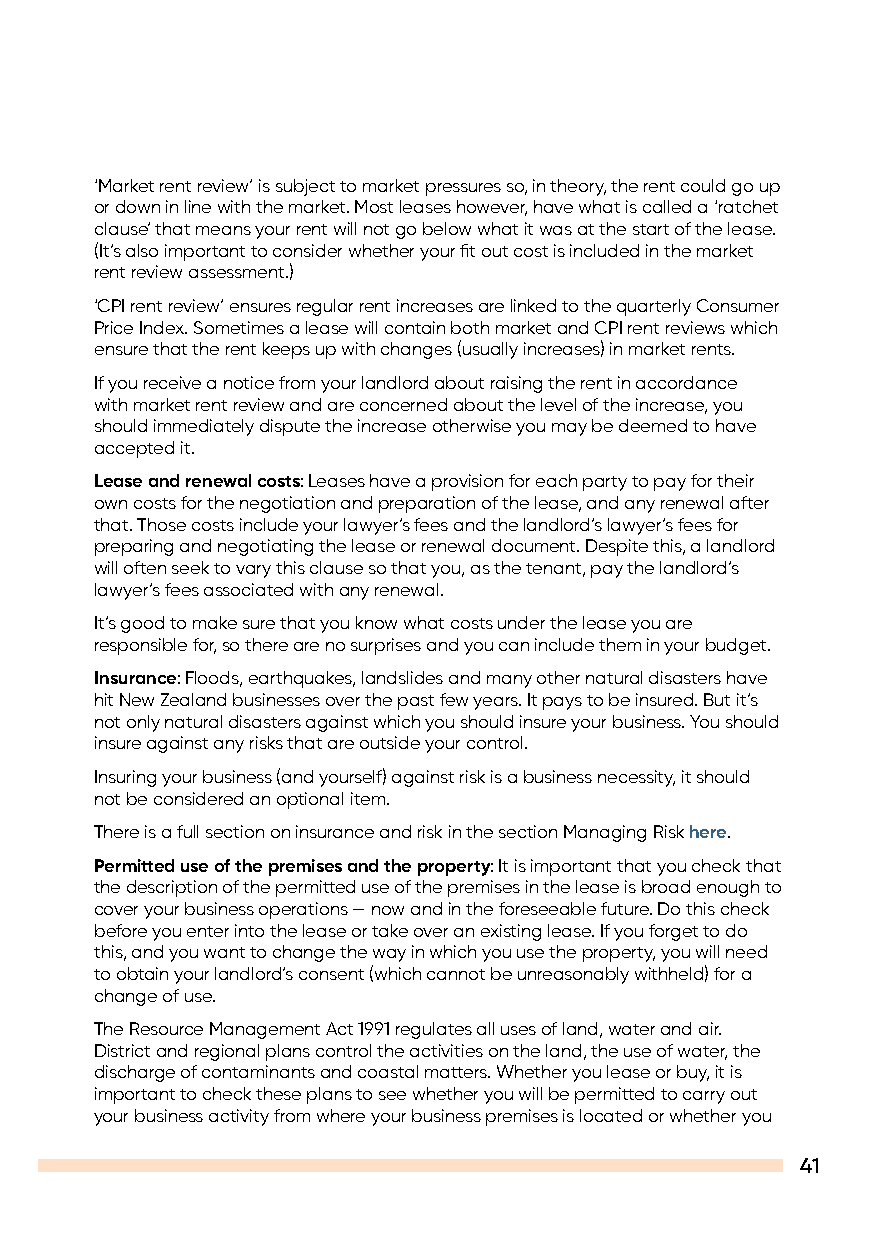
‘Market rent review’ is subject to market pressures so, in theory, the rent could go up
 or down in line with the market. Most leases however, have what is called a ‘ratchet
 clause’ that means your rent will not go below what it was at the start of the lease.
 (It’s also important to consider whether your fit out cost is included in the market
 rent review assessment.)
 ‘CPI rent review’ ensures regular rent increases are linked to the quarterly Consumer
 Price Index. Sometimes a lease will contain both market and CPI rent reviews which
 ensure that the rent keeps up with changes (usually increases) in market rents.
 If you receive a notice from your landlord about raising the rent in accordance
 with market rent review and are concerned about the level of the increase, you
 should immediately dispute the increase otherwise you may be deemed to have
 accepted it.
 Lease and renewal costs: Leases have a provision for each party to pay for their
 own costs for the negotiation and preparation of the lease, and any renewal after
 that. Those costs include your lawyer’s fees and the landlord’s lawyer’s fees for
 preparing and negotiating the lease or renewal document. Despite this, a landlord
 will often seek to vary this clause so that you, as the tenant, pay the landlord’s
 lawyer’s fees associated with any renewal.
 It’s good to make sure that you know what costs under the lease you are
 responsible for, so there are no surprises and you can include them in your budget.
 Insurance: Floods, earthquakes, landslides and many other natural disasters have
 hit New Zealand businesses over the past few years. It pays to be insured. But it’s
 not only natural disasters against which you should insure your business. You should
 insure against any risks that are outside your control.
 Insuring your business (and yourself) against risk is a business necessity, it should
 not be considered an optional item.
 There is a full section on insurance and risk in the section Managing Risk here.
 Permitted use of the premises and the property: It is important that you check that
 the description of the permitted use of the premises in the lease is broad enough to
 cover your business operations — now and in the foreseeable future. Do this check
 before you enter into the lease or take over an existing lease. If you forget to do
 this, and you want to change the way in which you use the property, you will need
 to obtain your landlord’s consent (which cannot be unreasonably withheld) for a
 change of use.
 The Resource Management Act 1991 regulates all uses of land, water and air.
 District and regional plans control the activities on the land, the use of water, the
 discharge of contaminants and coastal matters. Whether you lease or buy, it is
 important to check these plans to see whether you will be permitted to carry out
 your business activity from where your business premises is located or whether you
 41